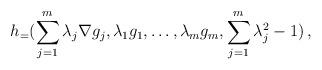
LaTeX: \begin{align*}h_=(\sum_{j=1}^m \lambda_j \nabla g_j, \lambda_1 g_1,\dots,\lambda_m g_m,\sum_{j=1}^m\lambda_j^2-1)\,,\end{align*}